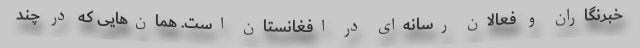
خبرنگاران و فعالان رسانه‌ای در افغانستان است. همان‌هایی که در چند